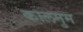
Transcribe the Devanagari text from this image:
कालमुम